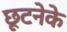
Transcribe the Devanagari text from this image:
छूटनेके